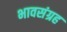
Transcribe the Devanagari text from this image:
भावसंग्रह